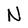
Character: N